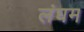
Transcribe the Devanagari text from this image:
लंघम